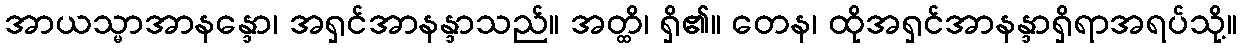
အာယသ္မာအာနန္ဒော၊ အရှင်အာနန္ဒာသည်။ အတ္ထိ၊ ရှိ၏။ တေန၊ ထိုအရှင်အာနန္ဒာရှိရာအရပ်သို့။